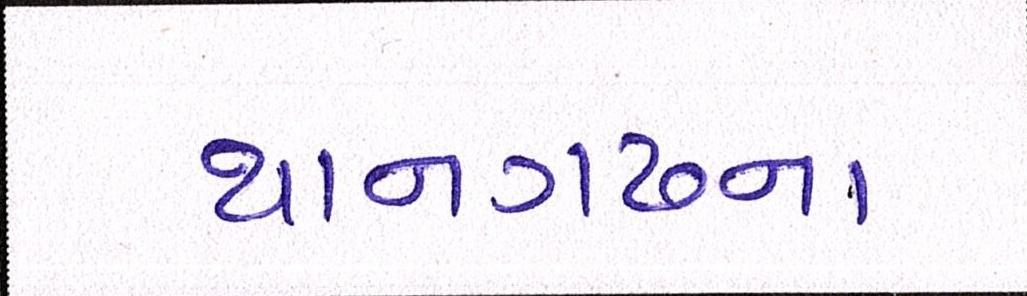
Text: થાનગઢના